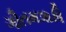
ગૌતમૠષિ